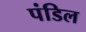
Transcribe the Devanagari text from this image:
पंडिल